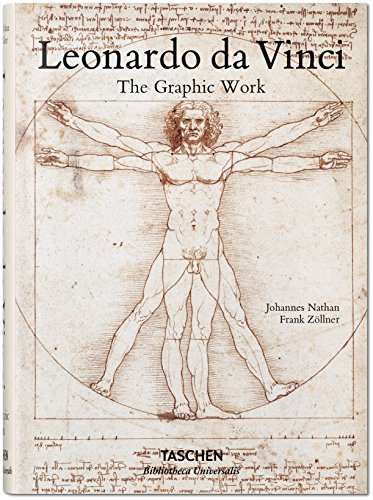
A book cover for Leonardo da Vinci: The Graphic Work; Frank ZÃ¶llner; Arts & Photography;